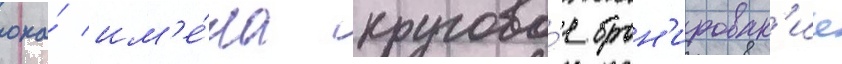
она́ им'е́ла кругово́е брон'ирован'ие